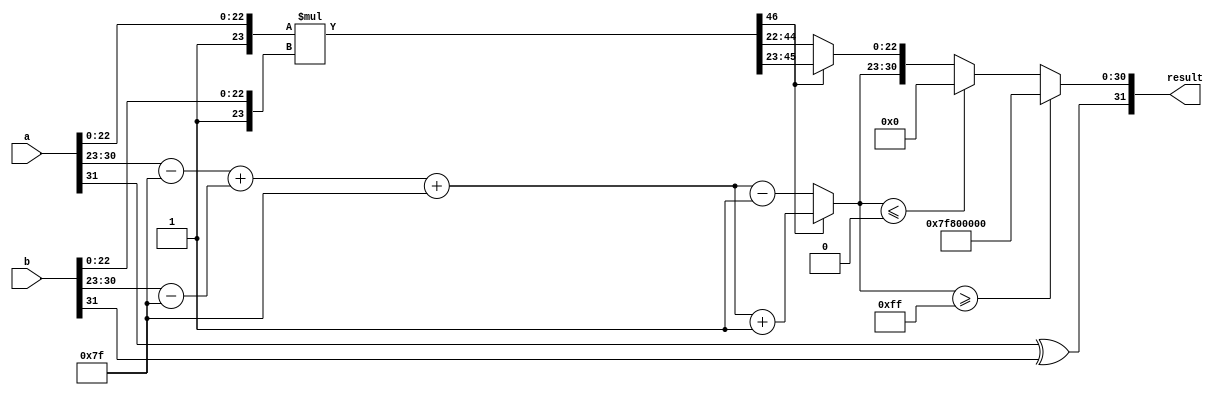
module fp_multiplier (
    input [31:0] a, // First floating-point input
    input [31:0] b, // Second floating-point input
    output reg [31:0] result // Resulting floating-point output
);

    // Constants
    localparam BIAS = 8'd127;
    localparam MANTISSA_WIDTH = 23;
    localparam EXPONENT_WIDTH = 8;

    // Internal signals
    wire sign_a = a[31];
    wire sign_b = b[31];
    wire [EXPONENT_WIDTH-1:0] exp_a = a[30:23];
    wire [EXPONENT_WIDTH-1:0] exp_b = b[30:23];
    wire [MANTISSA_WIDTH:0] mant_a = {1'b1, a[22:0]}; // Implicit leading 1
    wire [MANTISSA_WIDTH:0] mant_b = {1'b1, b[22:0]}; // Implicit leading 1

    wire [EXPONENT_WIDTH-1:0] exp_a_adjusted = exp_a - BIAS;
    wire [EXPONENT_WIDTH-1:0] exp_b_adjusted = exp_b - BIAS;
    wire [EXPONENT_WIDTH-1:0] exp_result = exp_a_adjusted + exp_b_adjusted + BIAS;

    wire [2*MANTISSA_WIDTH:0] mant_result = mant_a * mant_b; // Multiply mantissas

    // Normalization
    reg [MANTISSA_WIDTH:0] mantissa_out;
    reg [EXPONENT_WIDTH-1:0] exponent_out;
    reg sign_out;

    always @(*) begin
        // Default values
        mantissa_out = 0;
        exponent_out = 0;
        sign_out = sign_a ^ sign_b; // XOR for sign

        // Check for normalization
        if (mant_result[2*MANTISSA_WIDTH] == 1'b1) begin
            // If the result is greater than or equal to 2, right shift
            mantissa_out = mant_result[2*MANTISSA_WIDTH-1:MANTISSA_WIDTH]; // Take upper 23 bits
            exponent_out = exp_result + 1; // Increment exponent
        end else begin
            // If the result is less than 1, left shift
            mantissa_out = mant_result[2*MANTISSA_WIDTH-2:MANTISSA_WIDTH-1]; // Take lower 23 bits
            exponent_out = exp_result - 1; // Decrement exponent
        end

        // Handle overflow and underflow
        if (exponent_out >= 8'd255) begin
            // Overflow: set to infinity
            result = {sign_out, 8'b11111111, 23'b0};
        end else if (exponent_out <= 8'd0) begin
            // Underflow: set to zero
            result = {sign_out, 8'b0, 23'b0};
        end else begin
            // Normal case: construct the result
            result = {sign_out, exponent_out[EXPONENT_WIDTH-1:0], mantissa_out[MANTISSA_WIDTH-1:0]};
        end
    end

endmodule